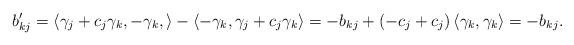
LaTeX: \begin{align*}b_{kj}'=\left<\gamma_j+c_j\gamma_k,-\gamma_k,\right>-\left<-\gamma_k,\gamma_j+c_j\gamma_k\right>=-b_{kj}+(-c_j+c_j)\left<\gamma_k,\gamma_k\right>=-b_{kj}.\end{align*}